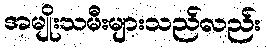
အမျိုးသမီးများသည်လည်း